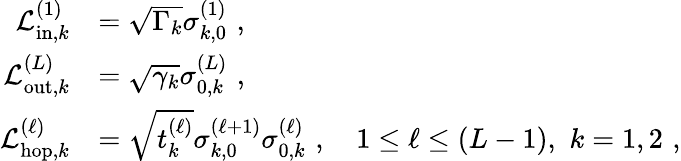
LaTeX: \begin{array}{rl}{\mathcal{L}_{\mathrm{in},k}^{(1)}}&{=\sqrt{\Gamma_{k}}\sigma_{k,0}^{(1)}\, \, ,}\\ {\mathcal{L}_{\mathrm{out},k}^{(L)}}&{=\sqrt{\gamma_{k}}\sigma_{0,k}^{(L)}\, \, ,}\\ {\mathcal{L}_{\mathrm{hop},k}^{(\ell)}}&{=\sqrt{t_{k}^{(\ell)}}\sigma_{k,0}^{(\ell+1)}\sigma_{0,k}^{(\ell)}\, \, ,\ \ \ \ 1\le\ell\le\left(L-1\right),\, \, k=1,2\, \, ,}\end{array}